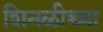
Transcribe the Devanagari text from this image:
शिनळीच्च्या